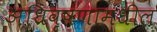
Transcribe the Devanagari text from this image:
अधिवृषणामधील